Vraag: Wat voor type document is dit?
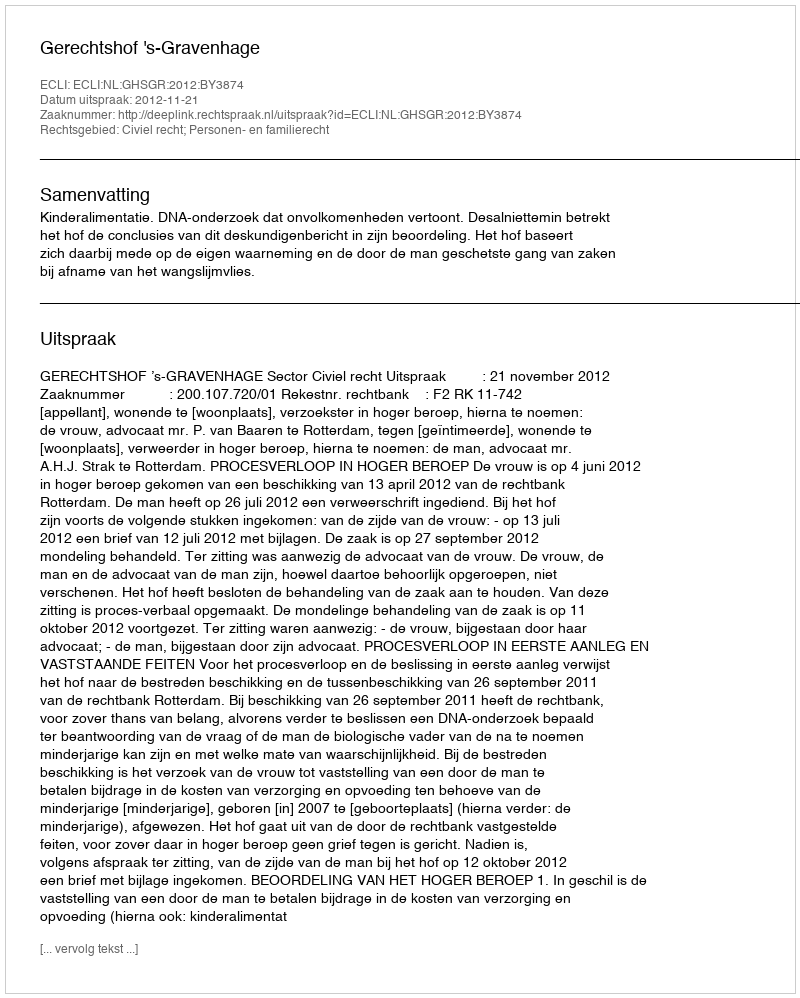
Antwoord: Uitspraak